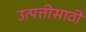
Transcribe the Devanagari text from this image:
उत्पत्तीसाठी